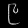
Digit: ၉